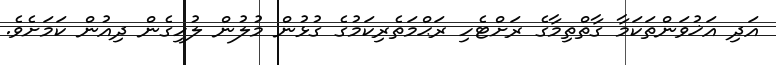
އަދި އަޚުވަންތަކަމާ ގާތްތިމާގެ ރަށްޓެހި ރަޙްމަތެރިކަމުގެ ގުޅުން މުލުން ލުހިގެން ދިއުން ކަމަށެވެ.